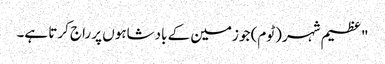
" عظیم شہر (ٹوم) جو زمین کے بادشاہوں پر راج کرتا ہے۔